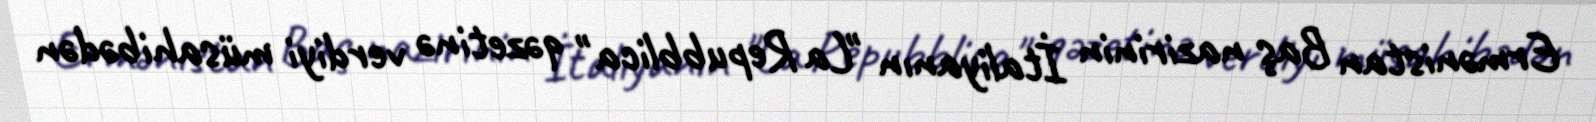
Ermənistan Baş nazirinin İtaliyanın "La Repubblica" qəzetinə verdiyi müsahibədən